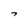
Character: 7